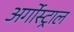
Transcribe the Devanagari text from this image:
अर्गोस्ट्राल